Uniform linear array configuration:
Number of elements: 8
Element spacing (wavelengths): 1
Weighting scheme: kaiser
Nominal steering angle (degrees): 45
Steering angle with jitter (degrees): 44.865
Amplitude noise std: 0.05
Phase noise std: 0.05

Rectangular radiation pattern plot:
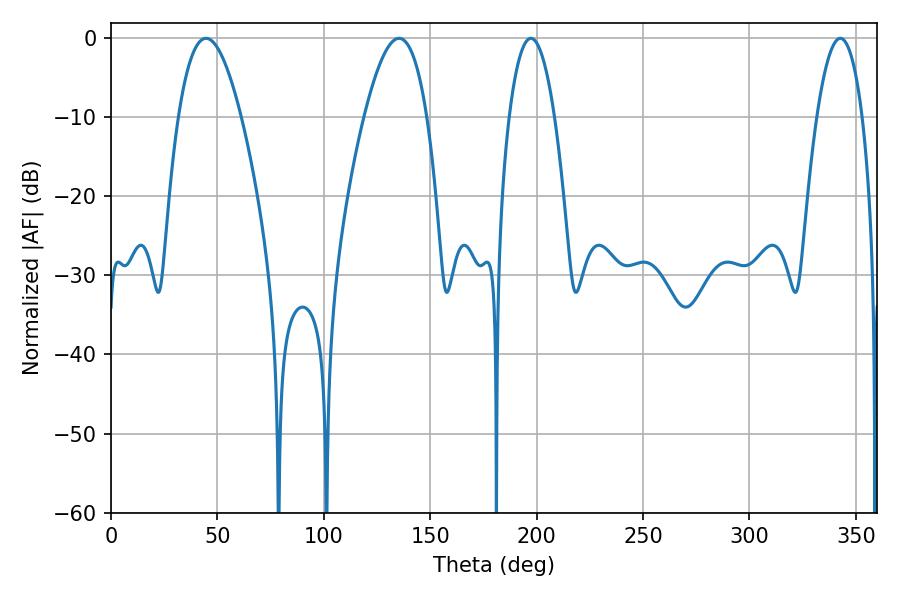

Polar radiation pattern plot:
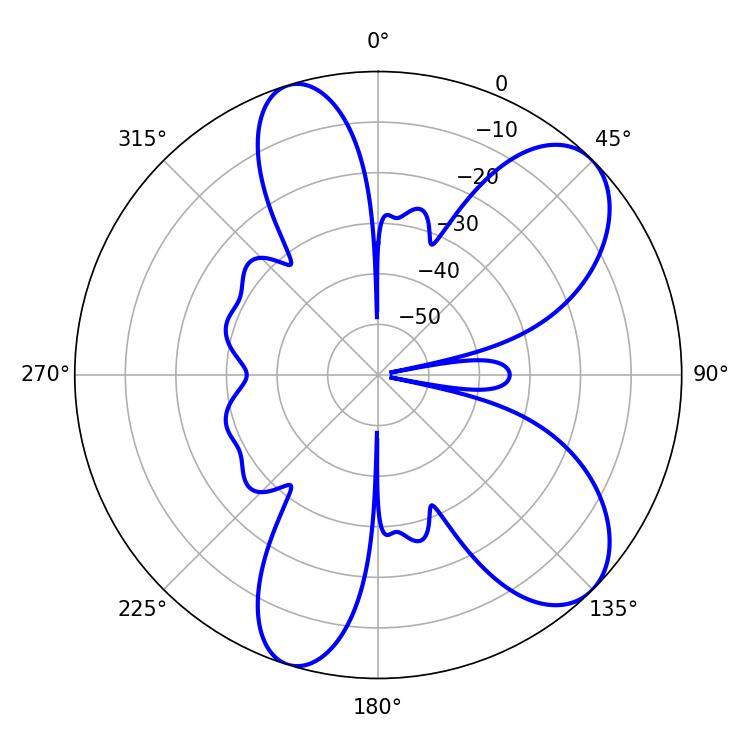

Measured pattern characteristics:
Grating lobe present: TRUE
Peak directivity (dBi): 8.303
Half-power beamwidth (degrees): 16.2
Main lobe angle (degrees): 44.64